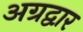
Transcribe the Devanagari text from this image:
अग्रद्वार